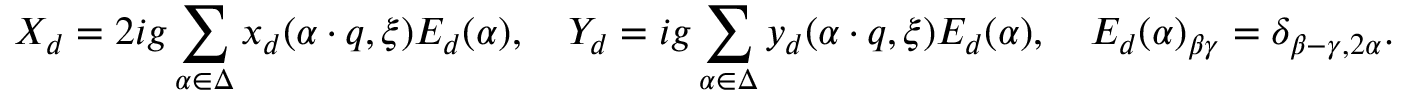
X _ { d } = 2 i g \sum _ { \alpha \in \Delta } x _ { d } ( \alpha \cdot q , \xi ) E _ { d } ( \alpha ) , \quad Y _ { d } = i g \sum _ { \alpha \in \Delta } y _ { d } ( \alpha \cdot q , \xi ) E _ { d } ( \alpha ) , \quad E _ { d } ( \alpha ) _ { \beta \gamma } = \delta _ { \beta - \gamma , 2 \alpha } .